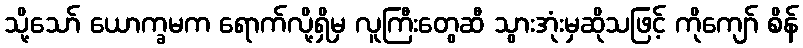
သို့သော် ယောက္ခမက ရောက်လို့ရှိမှ လူကြီးတွေဆီ သွားအုံးမှဆိုသဖြင့် ကိုကျော် စိန်